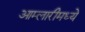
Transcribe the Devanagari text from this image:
आम्लारीमध्ये